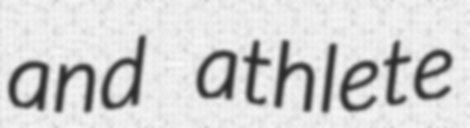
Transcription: and athlete